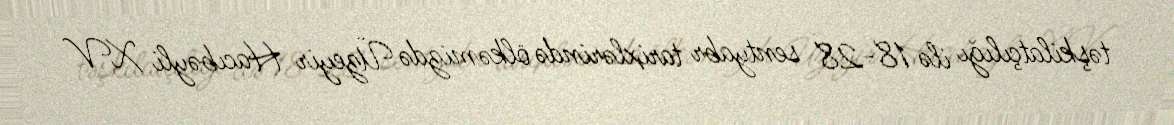
təşkilatçılığı ilə 18-28 sentyabr tarixlərində ölkəmizdə Üzeyir Hacıbəyli XV